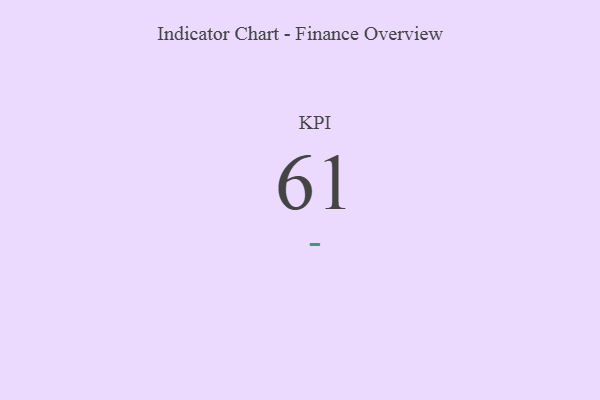
{"axis": {"x": "KPI", "y": "Value"}, "legend": [""], "data": [{"x": "KPI", "y": 61, "type": ""}]}